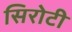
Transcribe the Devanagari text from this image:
सिरोटी